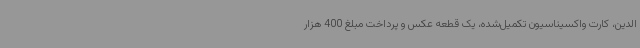
الدین، کارت واکسیناسیون تکمیل‌شده، یک قطعه عکس و پرداخت مبلغ 400 هزار